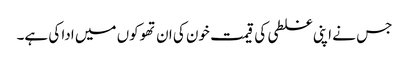
جس نے اپنی غلطی کی قیمت خون کی ان تھوکوں میں ادا کی ہے۔